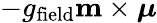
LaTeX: -g_{\mathrm{field}}\mathbf{m}\times\boldsymbol{\mu}